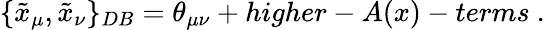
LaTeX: \{ \tilde{x}_{\mu},\tilde{x}_{\nu}\} _{DB}=\theta_{\mu\nu}+higher-A(x)-terms~.